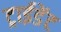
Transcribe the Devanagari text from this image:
ट्राईडेंट